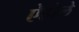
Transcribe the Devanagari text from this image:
ऐहोले